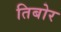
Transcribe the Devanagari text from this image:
तिबोर